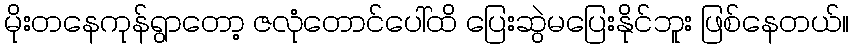
မိုးတနေကုန်ရွာတော့ ဇလုံတောင်ပေါ်ထိ ပြေးဆွဲမပြေးနိုင်ဘူး ဖြစ်နေတယ်။